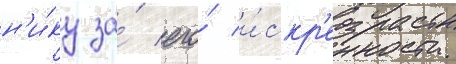
н'и́ку за́ его́ и́скр'енность